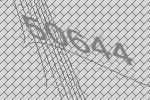
50644